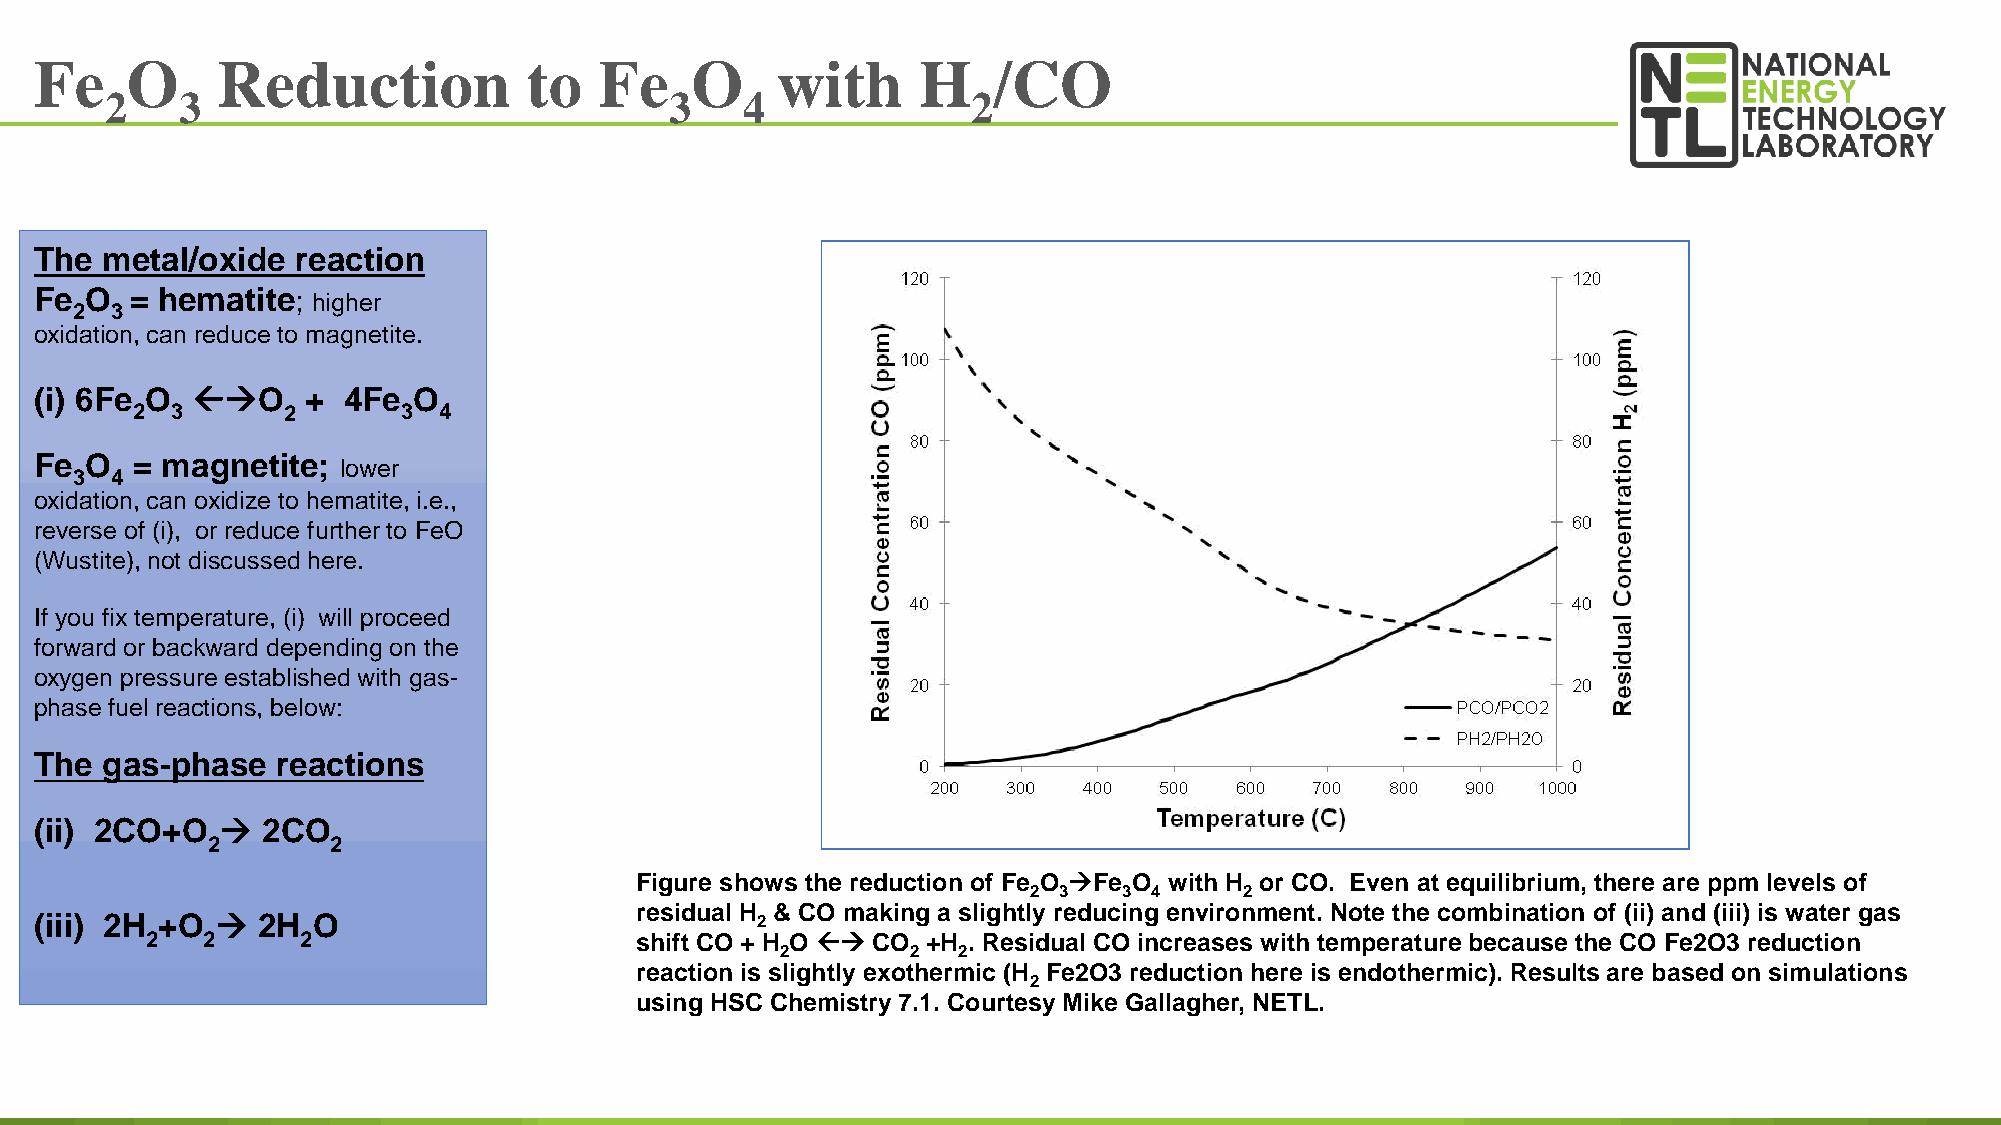
Fe    O     Reduction            to   Fe    O    with      H    /CO
 2    3                               3    4              2
 The  metal/oxide  reaction
 Fe  O  = hematite;
 higher
 2 3
 oxidation, can reduce to magnetite.
 (i) 6Fe O  O    +  4Fe O
 2 3       2       3 4
 Fe  O  = magnetite;
 lower
 3 4
 oxidation, can oxidize to hematite, i.e.,
 reverse of (i), or reduce further to FeO
 (Wustite), not discussed here.
 If you fix temperature, (i) will proceed
 forward or backward depending on the
 oxygen pressure established with gas-
 phase fuel reactions, below:
 The  gas-phase  reactions
 (ii) 2CO+O    2CO
 2       2
 Figure shows the reduction of Fe O Fe O with H or CO. Even at equilibrium, there are ppm levels of
 2 3   3 4     2
 residual H & CO making a slightly reducing environment. Note the combination of (ii) and (iii) is water gas
 (iii) 2H +O   2H  O                            2
 2  2      2                     shift CO + H O  CO +H . Residual CO increases with temperature because the CO Fe2O3 reduction
 2       2  2
 reaction is slightly exothermic (H Fe2O3 reduction here is endothermic). Results are based on simulations
 2
 using HSC Chemistry 7.1. Courtesy Mike Gallagher, NETL.
 22